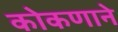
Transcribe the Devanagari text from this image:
कोकणाने